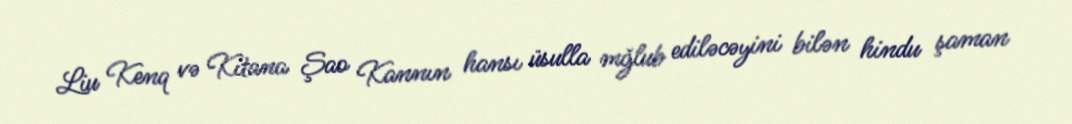
Liu Kenq və Kitana Şao Kannın hansı üsulla mğlub ediləcəyini bilən hindu şaman